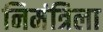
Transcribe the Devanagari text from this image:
निमंत्रिला